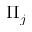
\Pi _ { j }